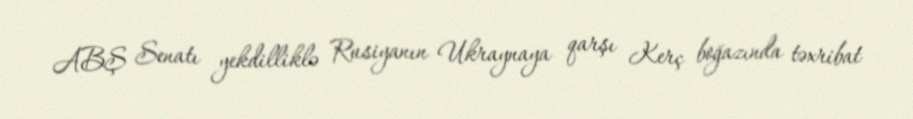
ABŞ Senatı yekdilliklə Rusiyanın Ukraynaya qarşı Kerç boğazında təxribat